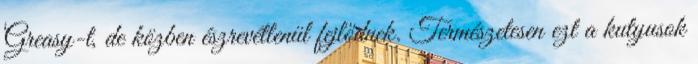
Greasy-t, de közben észrevétlenül fejlődnek. Természetesen ezt a kutyusok